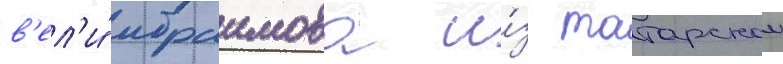
в'ел'и́ ибраимова и́з татарскои